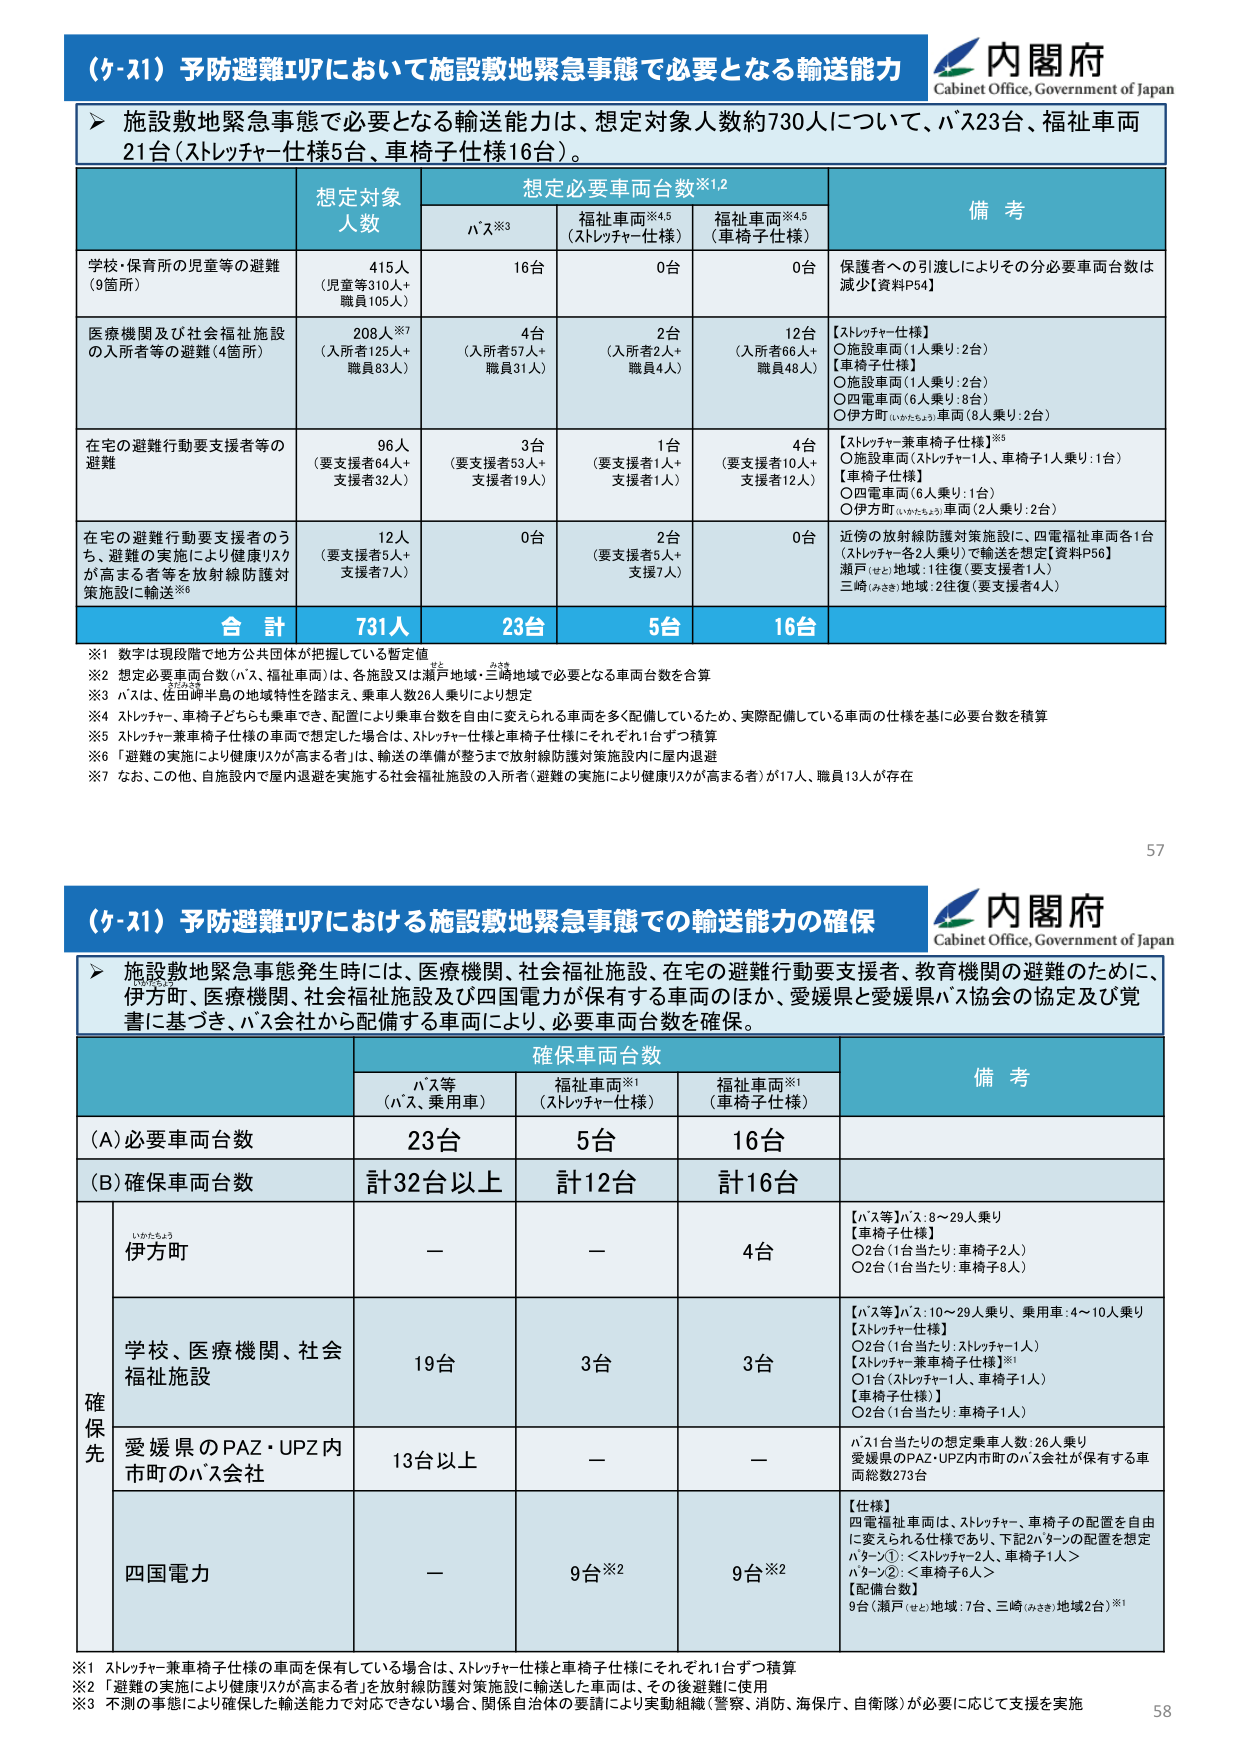
（ケ-21）予防避難ｴﾌﾟｱにおいて施設敷地緊急事態で必要となる輸送能力
内閣府
Cabinet Office, Government of Japan

▶ 施設敷地緊急事態で必要となる輸送能力は、想定対象人数約730人について、ﾊﾞｽ23台、福祉車両21台（ｽﾄﾚｯﾁｬｰ仕様5台、車椅子仕様16台）。

| | 想定対象人数 | 想定必要車両台数※1,2 | 備考 |
|---|---|---|---|
| | | ﾊﾞｽ※3 | 福祉車両※4,5（ｽﾄﾚｯﾁｬｰ仕様） | 福祉車両※4,5（車椅子仕様） | |
| 学校・保育所の児童等の避難（9箇所） | 415人（児童等310人＋職員105人） | 16台 | 0台 | 0台 | 保護者への引渡しによりその分必要車両台数は減少【資料P54】 |
| 医療機関及び社会福祉施設の入所者等の避難（4箇所） | 208人※7（入所者125人＋職員83人） | 4台（入所者57人＋職員31人） | 2台（入所者2人＋職員4人） | 12台（入所者66人＋職員48人） | 【ｽﾄﾚｯﾁｬｰ仕様】〇施設車両（1人乗り：2台）【車椅子仕様】〇施設車両（1人乗り：2台）〇四電車両（6人乗り：8台）〇伊方町（いわたちょう）車両（8人乗り：2台） |
| 在宅の避難行動要支援者等の避難 | 96人（要支援者64人＋支援者32人） | 3台（要支援者53人＋支援者19人） | 1台（要支援者1人＋支援者1人） | 4台（要支援者10人＋支援者12人） | 【ｽﾄﾚｯﾁｬｰ兼車椅子仕様】※5〇施設車両（ｽﾄﾚｯﾁｬｰ1人、車椅子1人乗り：1台）【車椅子仕様】〇四電車両（6人乗り：1台）〇伊方町（いわたちょう）車両（2人乗り：2台） |
| 在宅の避難行動要支援者のうち、避難の実施により健康リスクが高まる者等を放射線防護対策施設に輸送※6 | 12人（要支援者5人＋支援者7人） | 0台 | 2台（要支援者5人＋支援7人） | 0台 | 近傍の放射線防護対策施設に、四電福祉車両各1台（ｽﾄﾚｯﾁｬｰ各2人乗り）で輸送を想定【資料P56】瀬戸（せと）地域：1往復（要支援者1人）三崎（みさき）地域：2往復（要支援者4人） |
| **合計** | **731人** | **23台** | **5台** | **16台** | |

※1 数字は現段階で地方公共団体が把握している暫定値
※2 想定必要車両台数（ﾊﾞｽ、福祉車両）は、各施設又は瀬戸地域・三崎地域で必要となる車両台数を合算
※3 ﾊﾞｽは、佐田岬半島の地域特性を踏まえ、乗車人数26人乗りにより想定
※4 ｽﾄﾚｯﾁｬｰ、車椅子どちらも乗車でき、配置により乗車台数を自由に変えられる車両を多く配備しているため、実際配備している車両の仕様を基に必要台数を積算
※5 ｽﾄﾚｯﾁｬｰ兼車椅子仕様の車両で想定した場合は、ｽﾄﾚｯﾁｬｰ仕様と車椅子仕様にそれぞれ1台ずつ積算
※6 「避難の実施により健康リスクが高まる者」は、輸送の準備が整うまで放射線防護対策施設内に屋内退避
※7 なお、この他、自施設内で屋内退避を実施する社会福祉施設の入所者（避難の実施により健康リスクが高まる者）が17人、職員13人が存在

（ケ-21）予防避難ｴﾌﾟｱにおける施設敷地緊急事態での輸送能力の確保
内閣府
Cabinet Office, Government of Japan

▶ 施設敷地緊急事態発生時には、医療機関、社会福祉施設、在宅の避難行動要支援者、教育機関の避難のために、伊方町、医療機関、社会福祉施設及び四国電力が保有する車両のほか、愛媛県と愛媛県ﾊﾞｽ協会の協定及び覚書に基づき、ﾊﾞｽ会社から配備する車両により、必要車両台数を確保。

| | 確保車両台数 | 備考 |
|---|---|---|
| | ﾊﾞｽ等（ﾊﾞｽ、乗用車） | 福祉車両※1（ｽﾄﾚｯﾁｬｰ仕様） | 福祉車両※1（車椅子仕様） | |
| (A)必要車両台数 | 23台 | 5台 | 16台 | |
| (B)確保車両台数 | 計32台以上 | 計12台 | 計16台 | |
| | | | | |
| 確保先 | 伊方町 | — | — | 4台 | 【ﾊﾞｽ等】ﾊﾞｽ：8～29人乗り【車椅子仕様】〇2台（1台当たり：車椅子2人）〇2台（1台当たり：車椅子8人） |
| | 学校、医療機関、社会福祉施設 | 19台 | 3台 | 3台 | 【ﾊﾞｽ等】ﾊﾞｽ：10～29人乗り、乗用車：4～10人乗り【ｽﾄﾚｯﾁｬｰ仕様】〇2台（1台当たり：ｽﾄﾚｯﾁｬｰ1人）【ｽﾄﾚｯﾁｬｰ兼車椅子仕様】※1〇1台（ｽﾄﾚｯﾁｬｰ1人、車椅子1人）【車椅子仕様】〇2台（1台当たり：車椅子1人） |
| | 愛媛県のPAZ・UPZ内市町のﾊﾞｽ会社 | 13台以上 | — | — | ﾊﾞｽ1台当たりの想定乗車人数：26人乗り愛媛県のPAZ・UPZ内市町のﾊﾞｽ会社が保有する車両総数273台 |
| | 四国電力 | — | 9台※2 | 9台※2 | 【仕様】四電福祉車両は、ｽﾄﾚｯﾁｬｰ、車椅子の配置を自由に変えられる仕様であり、下記2ﾊﾞﾀﾝの配置を想定ﾊﾞﾀﾝ①：<ｽﾄﾚｯﾁｬｰ2人、車椅子1人＞ﾊﾞﾀﾝ②：<車椅子6人＞【配備台数】9台（瀬戸（せと）地域：7台、三崎（みさき）地域2台）※1 |

※1 ｽﾄﾚｯﾁｬｰ兼車椅子仕様の車両を保有している場合は、ｽﾄﾚｯﾁｬｰ仕様と車椅子仕様にそれぞれ1台ずつ積算
※2 「避難の実施により健康リスクが高まる者」を放射線防護対策施設に輸送した車両は、その後避難に使用
※3 不測の事態により確保した輸送能力で対応できない場合、関係自治体の要請により実動組織（警察、消防、海保庁、自衛隊）が必要に応じて支援を実施

57
58